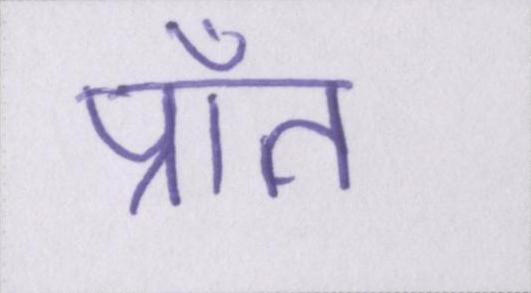
प्राँत